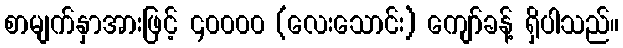
စာမျက်နှာအားဖြင့် ၄၀၀၀၀ (လေးသောင်း) ကျော်ခန့် ရှိပါသည်။